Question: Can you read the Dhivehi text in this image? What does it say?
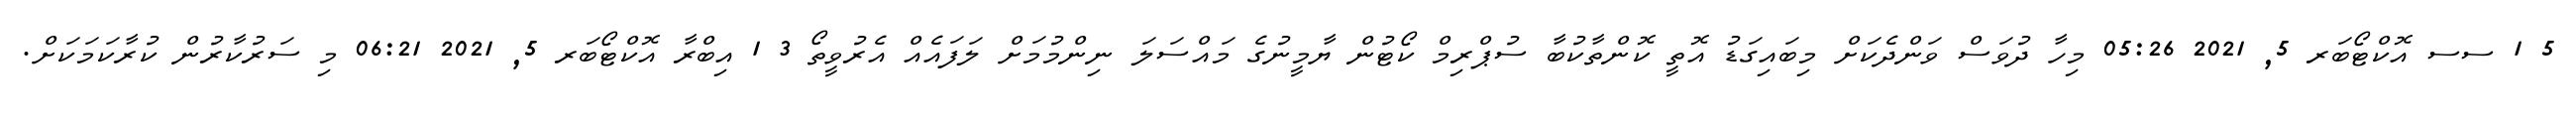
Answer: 5 1 ސސ އޮކްޓޯބަރ 5, 2021 05:26 މިހާ ދުވަސް ވަންދެކަށް މިބައިގަޑު އޮތީ ކޮންތާކުބާ ސުޕްރިމް ކޯޓުން ޔާމީނުގެ މައްސަލަ ނިންމުމަށް ލަފައެއް އެރުވީތޯ 3 1 އިބްރާ އޮކްޓޯބަރ 5, 2021 06:21 މި ސަރުކާރުން ކުރާކަމަކަށް.